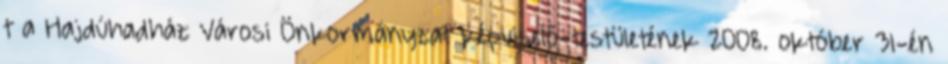
t a Hajdúhadház Városi Önkormányzat képviselő-testületének 2008. október 31-én